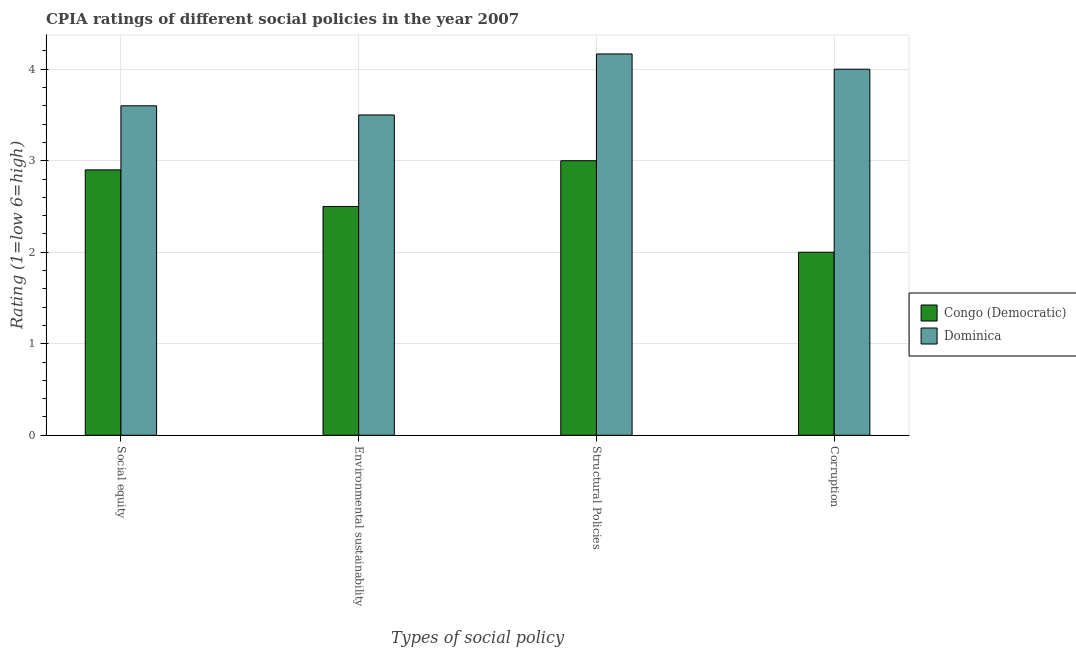
| Types of social policy | Congo (Democratic) | Dominica |
 | --- | --- | --- |
 | Social equity | 2.9 | 3.6 |
 | Environmental sustainability | 2.5 | 3.5 |
 | Structural Policies | 3 | 4.17 |
 | Corruption | 2 | 4 |